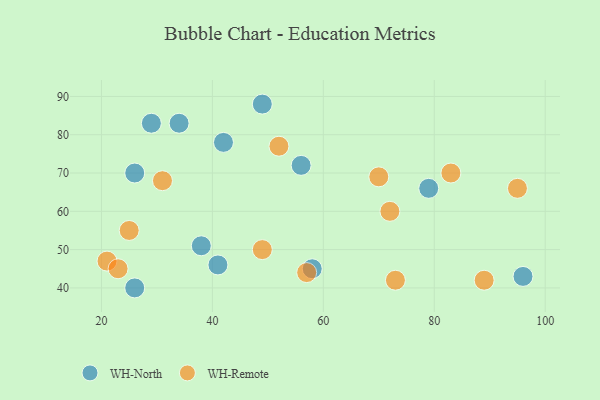
{"axis": {"x": "GDP", "y": "Life Expectancy"}, "legend": ["WH-North", "WH-Remote"], "data": [{"x": "96", "y": 43, "type": "WH-North"}, {"x": "41", "y": 46, "type": "WH-North"}, {"x": "42", "y": 78, "type": "WH-North"}, {"x": "29", "y": 83, "type": "WH-North"}, {"x": "49", "y": 88, "type": "WH-North"}, {"x": "38", "y": 51, "type": "WH-North"}, {"x": "26", "y": 40, "type": "WH-North"}, {"x": "34", "y": 83, "type": "WH-North"}, {"x": "58", "y": 45, "type": "WH-North"}, {"x": "26", "y": 70, "type": "WH-North"}, {"x": "79", "y": 66, "type": "WH-North"}, {"x": "56", "y": 72, "type": "WH-North"}, {"x": "83", "y": 70, "type": "WH-Remote"}, {"x": "31", "y": 68, "type": "WH-Remote"}, {"x": "72", "y": 60, "type": "WH-Remote"}, {"x": "57", "y": 44, "type": "WH-Remote"}, {"x": "52", "y": 77, "type": "WH-Remote"}, {"x": "73", "y": 42, "type": "WH-Remote"}, {"x": "21", "y": 47, "type": "WH-Remote"}, {"x": "95", "y": 66, "type": "WH-Remote"}, {"x": "23", "y": 45, "type": "WH-Remote"}, {"x": "70", "y": 69, "type": "WH-Remote"}, {"x": "49", "y": 50, "type": "WH-Remote"}, {"x": "25", "y": 55, "type": "WH-Remote"}, {"x": "89", "y": 42, "type": "WH-Remote"}]}